Scientific memoirs by medical officers of the Army of India - Part IX,
Year: 1895
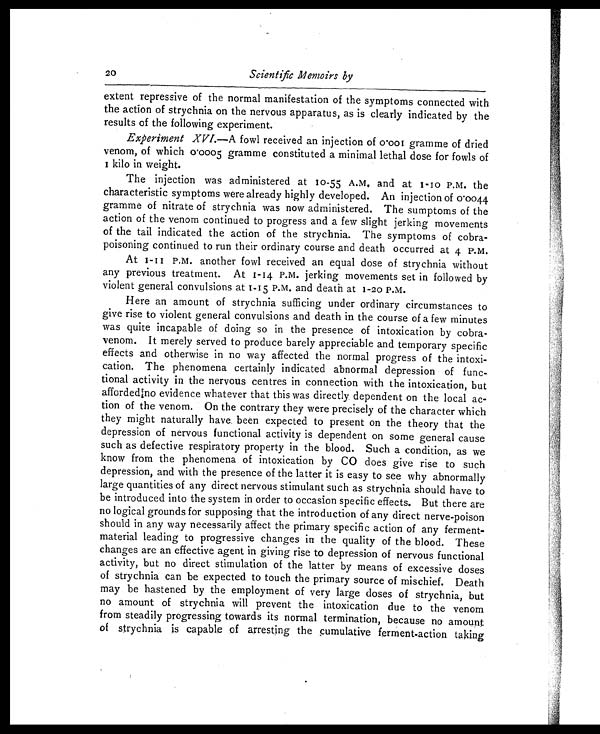
20
Scientific Memoirs by
extent repressive of the normal manifestation of the symptoms connected with
the action of strychnia on the nervous apparatus, as is clearly indicated by the
results of the following experiment.
Experiment XVI—A fowl received an injection of 0.001 gramme of dried
venom, of which 0.0005 gramme constituted a minimal lethal dose for fowls of
1 kilo in weight.
The injection was administered at 10 -55 A.M, and at 1 - 10 P.M. the
characteristic symptoms were already highly developed. An injection of 0.0044
gramme of nitrate of strychnia was now administered. The sumptoms of the
action of the venom continued to progress and a few slight jerking movements
of the tail indicated the action of the strychnia. The symptoms of cobra-
poisoning continued to run their ordinary course and death occurred at 4 P.M.
At 1 -11 P.M. another fowl received an equal dose of strychnia without
any previous treatment. At 1 - 14 P.M. jerking movements set in followed by
violent general convulsions at 1 - 15 P.M. and death at 1-20.P.M.
Here an amount of strychnia sufficing under ordinary circumstances to
give rise to violent general convulsions and death in the course of a few minutes
was quite incapable of doing so in the presence of intoxication by cobra-
venom. It merely served to produce barely appreciable and temporary specific
effects and otherwise in no way affected the normal progress of the intoxi-
cation. The phenomena certainly indicated abnormal depression of func-
tional activity in the nervous centres in connection with the intoxication, but
afforded|no evidence whatever that this was directly dependent on the local ac-
tion of the venom. On the contrary they were precisely of the character which
they might naturally have been expected to present on the theory that the
depression of nervous functional activity is dependent on some general cause
such as defective respiratory property in the blood. Such a condition, as we
know from the phenomena of intoxication by CO does give rise to such
depression, and with the presence of the latter it is easy to see why abnormally
large quantities of any direct nervous stimulant such as strychnia should have to
be introduced into the system in order to occasion specific effects. But there are
no logical grounds for supposing that the introduction of any direct nerve-poison
should in any way necessarily affect the primary specific action of any ferment-
material leading to progressive changes in the quality of the blood. These
changes are an effective agent in giving rise to depression of nervous functional
activity, but no direct stimulation of the latter by means of excessive doses
of strychnia can be expected to touch the primary source of mischief. Death
may be hastened by the employment of very large doses of strychnia, but
no amount of strychnia will prevent the intoxication due to the venom
from steadily progressing towards its normal termination, because no amount
of strychnia is capable of arresting the cumulative ferment-action taking